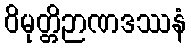
ဝိမုတ္တိဉာဏဒဿနံ